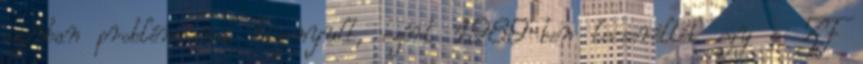
azonban problémásnak bizonyult, ezért 1989-ben lecserélték egy a ZF